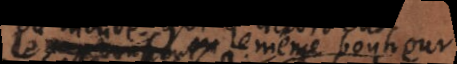
le meme bonheur